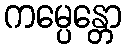
ကမ္ပေန္တော